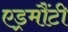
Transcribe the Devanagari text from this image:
एड्रमौंटी